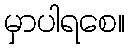
မှာပါရစေ။